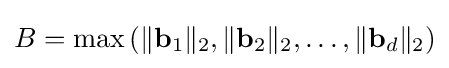
B=\max \left(\|\mathbf {b} _{1}\|_{2},\|\mathbf {b} _{2}\|_{2},\dots ,\|\mathbf {b} _{d}\|_{2}\right)